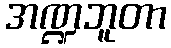
အဏ္ဍဘူတာ